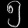
Digit: ၅